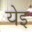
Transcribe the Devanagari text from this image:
येइ